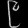
Digit: ၉